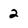
Character: 2